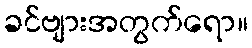
ခင်ဗျားအတွက်ရော။